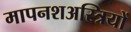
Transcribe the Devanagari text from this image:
मापनशअस्त्रियों